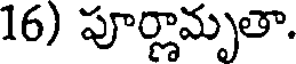
16) పూర్ణామృతా.